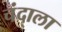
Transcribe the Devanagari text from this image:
चंदाला